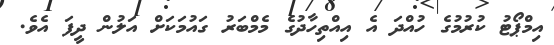
އިމްޕޯޓު ކުރުމުގެ ހުއްދަ އެ އިއްތިހާދުގެ މެމްބަރު ގައުމަކަށް އަލުން ދީފަ އެވެ.